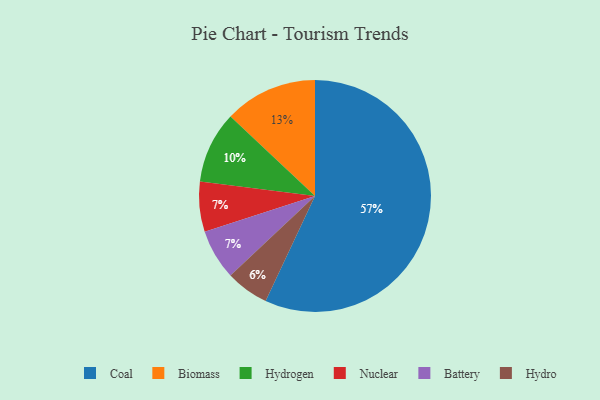
{"axis": {"x": "Category", "y": "Percentage"}, "legend": ["Battery", "Biomass", "Coal", "Hydro", "Hydrogen", "Nuclear"], "data": [{"x": "Coal", "y": 57, "type": "Coal"}, {"x": "Nuclear", "y": 7, "type": "Nuclear"}, {"x": "Biomass", "y": 13, "type": "Biomass"}, {"x": "Hydrogen", "y": 10, "type": "Hydrogen"}, {"x": "Hydro", "y": 6, "type": "Hydro"}, {"x": "Battery", "y": 7, "type": "Battery"}]}